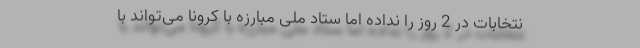
نتخابات در 2 روز را نداده اما ستاد ملی مبارزه با کرونا می‌تواند با